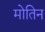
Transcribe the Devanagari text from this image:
मोतिन